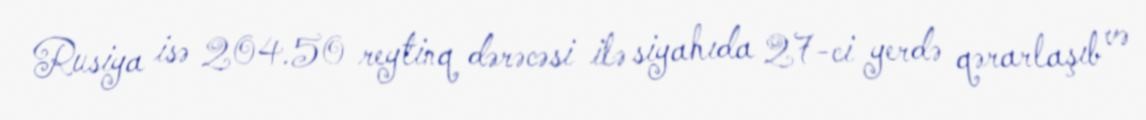
Rusiya isə 204.50 reytinq dərəcəsi ilə siyahıda 27-ci yerdə qərarlaşıb və